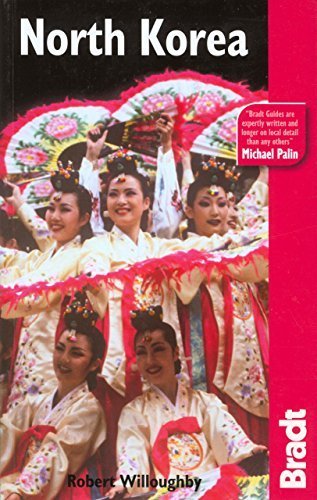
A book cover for North Korea (Bradt Travel Guides) by Willoughby, Robert (2007) Paperback; Travel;